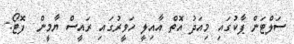
ސަލްޓަން ޕާކުގައި މިއަދު އޮތް އާއިލީ ހަވީރުގައި ރައީސް ޔާމީން  ފޮޓޯޯ: